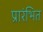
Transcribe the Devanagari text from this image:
प्रारंभित